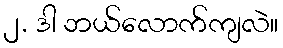
၂. ဒါ ဘယ်လောက်ကျလဲ။